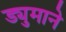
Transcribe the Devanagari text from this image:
ड्युमाने